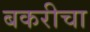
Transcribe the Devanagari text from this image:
बकरीचा